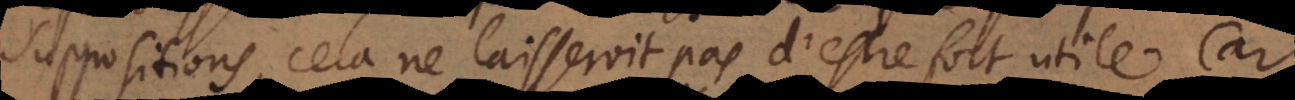
suppositions, cela ne laisseroit pas d’estre fort utile. Car